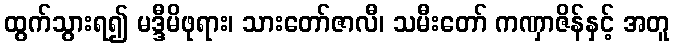
ထွက်သွားရ၍ မဒ္ဒီမိဖုရား၊ သားတော်ဇာလီ၊ သမီးတော် ကဏှာဇိန်နှင့် အတူ